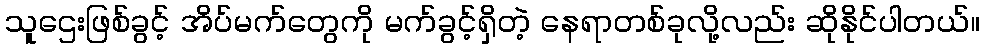
သူဌေးဖြစ်ခွင့် အိပ်မက်တွေကို မက်ခွင့်ရှိတဲ့ နေရာတစ်ခုလို့လည်း ဆိုနိုင်ပါတယ်။